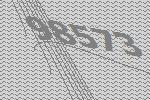
98573